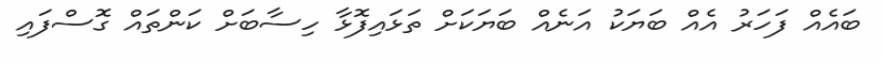
ބައެއް ފަހަރު އެއް ބަޔަކު އަނެއް ބަޔަކަށް ތަޅައިފޮޅާ ހިސާބަށް ކަންތައް ގޮސްފައި